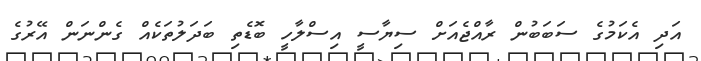
އަދި އެކަމުގެ ސަބަބުން ރާއްޖެއަށް ސިޔާސީ އިސްލާހީ ބޮޑެތި ބަދަލުތަކެއް ގެންނަން އޭރުގެ